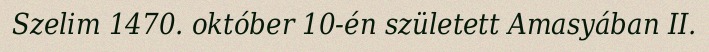
Szelim 1470. október 10-én született Amasyában II.